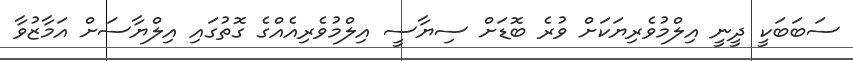
ސަބަބަކީ ދީނީ އިލްމުވެރިޔަކަށް ވުރެ ބޮޑަށް ސިޔާސީ އިލްމުވެރިއެއްގެ ގޮތުގައި އިލްޔާސަށް އަމާޒުވާ